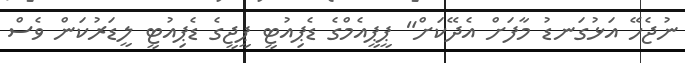
ނުޖެހޭ އަޅުގަނޑު މާފަށް އެދޭކަށް" ޕީޕީއެމްގެ ޑެޕިއުޓީ ޕީޖީގެ ޑެޕިއުޓީ ލީޑަރުކަން ވެސް